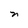
Character: n